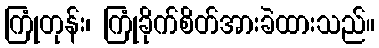
ကြုံတုန်း၊ ကြုံခိုက်စိတ်အားခဲထားသည်။